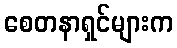
စေတနာရှင်များက